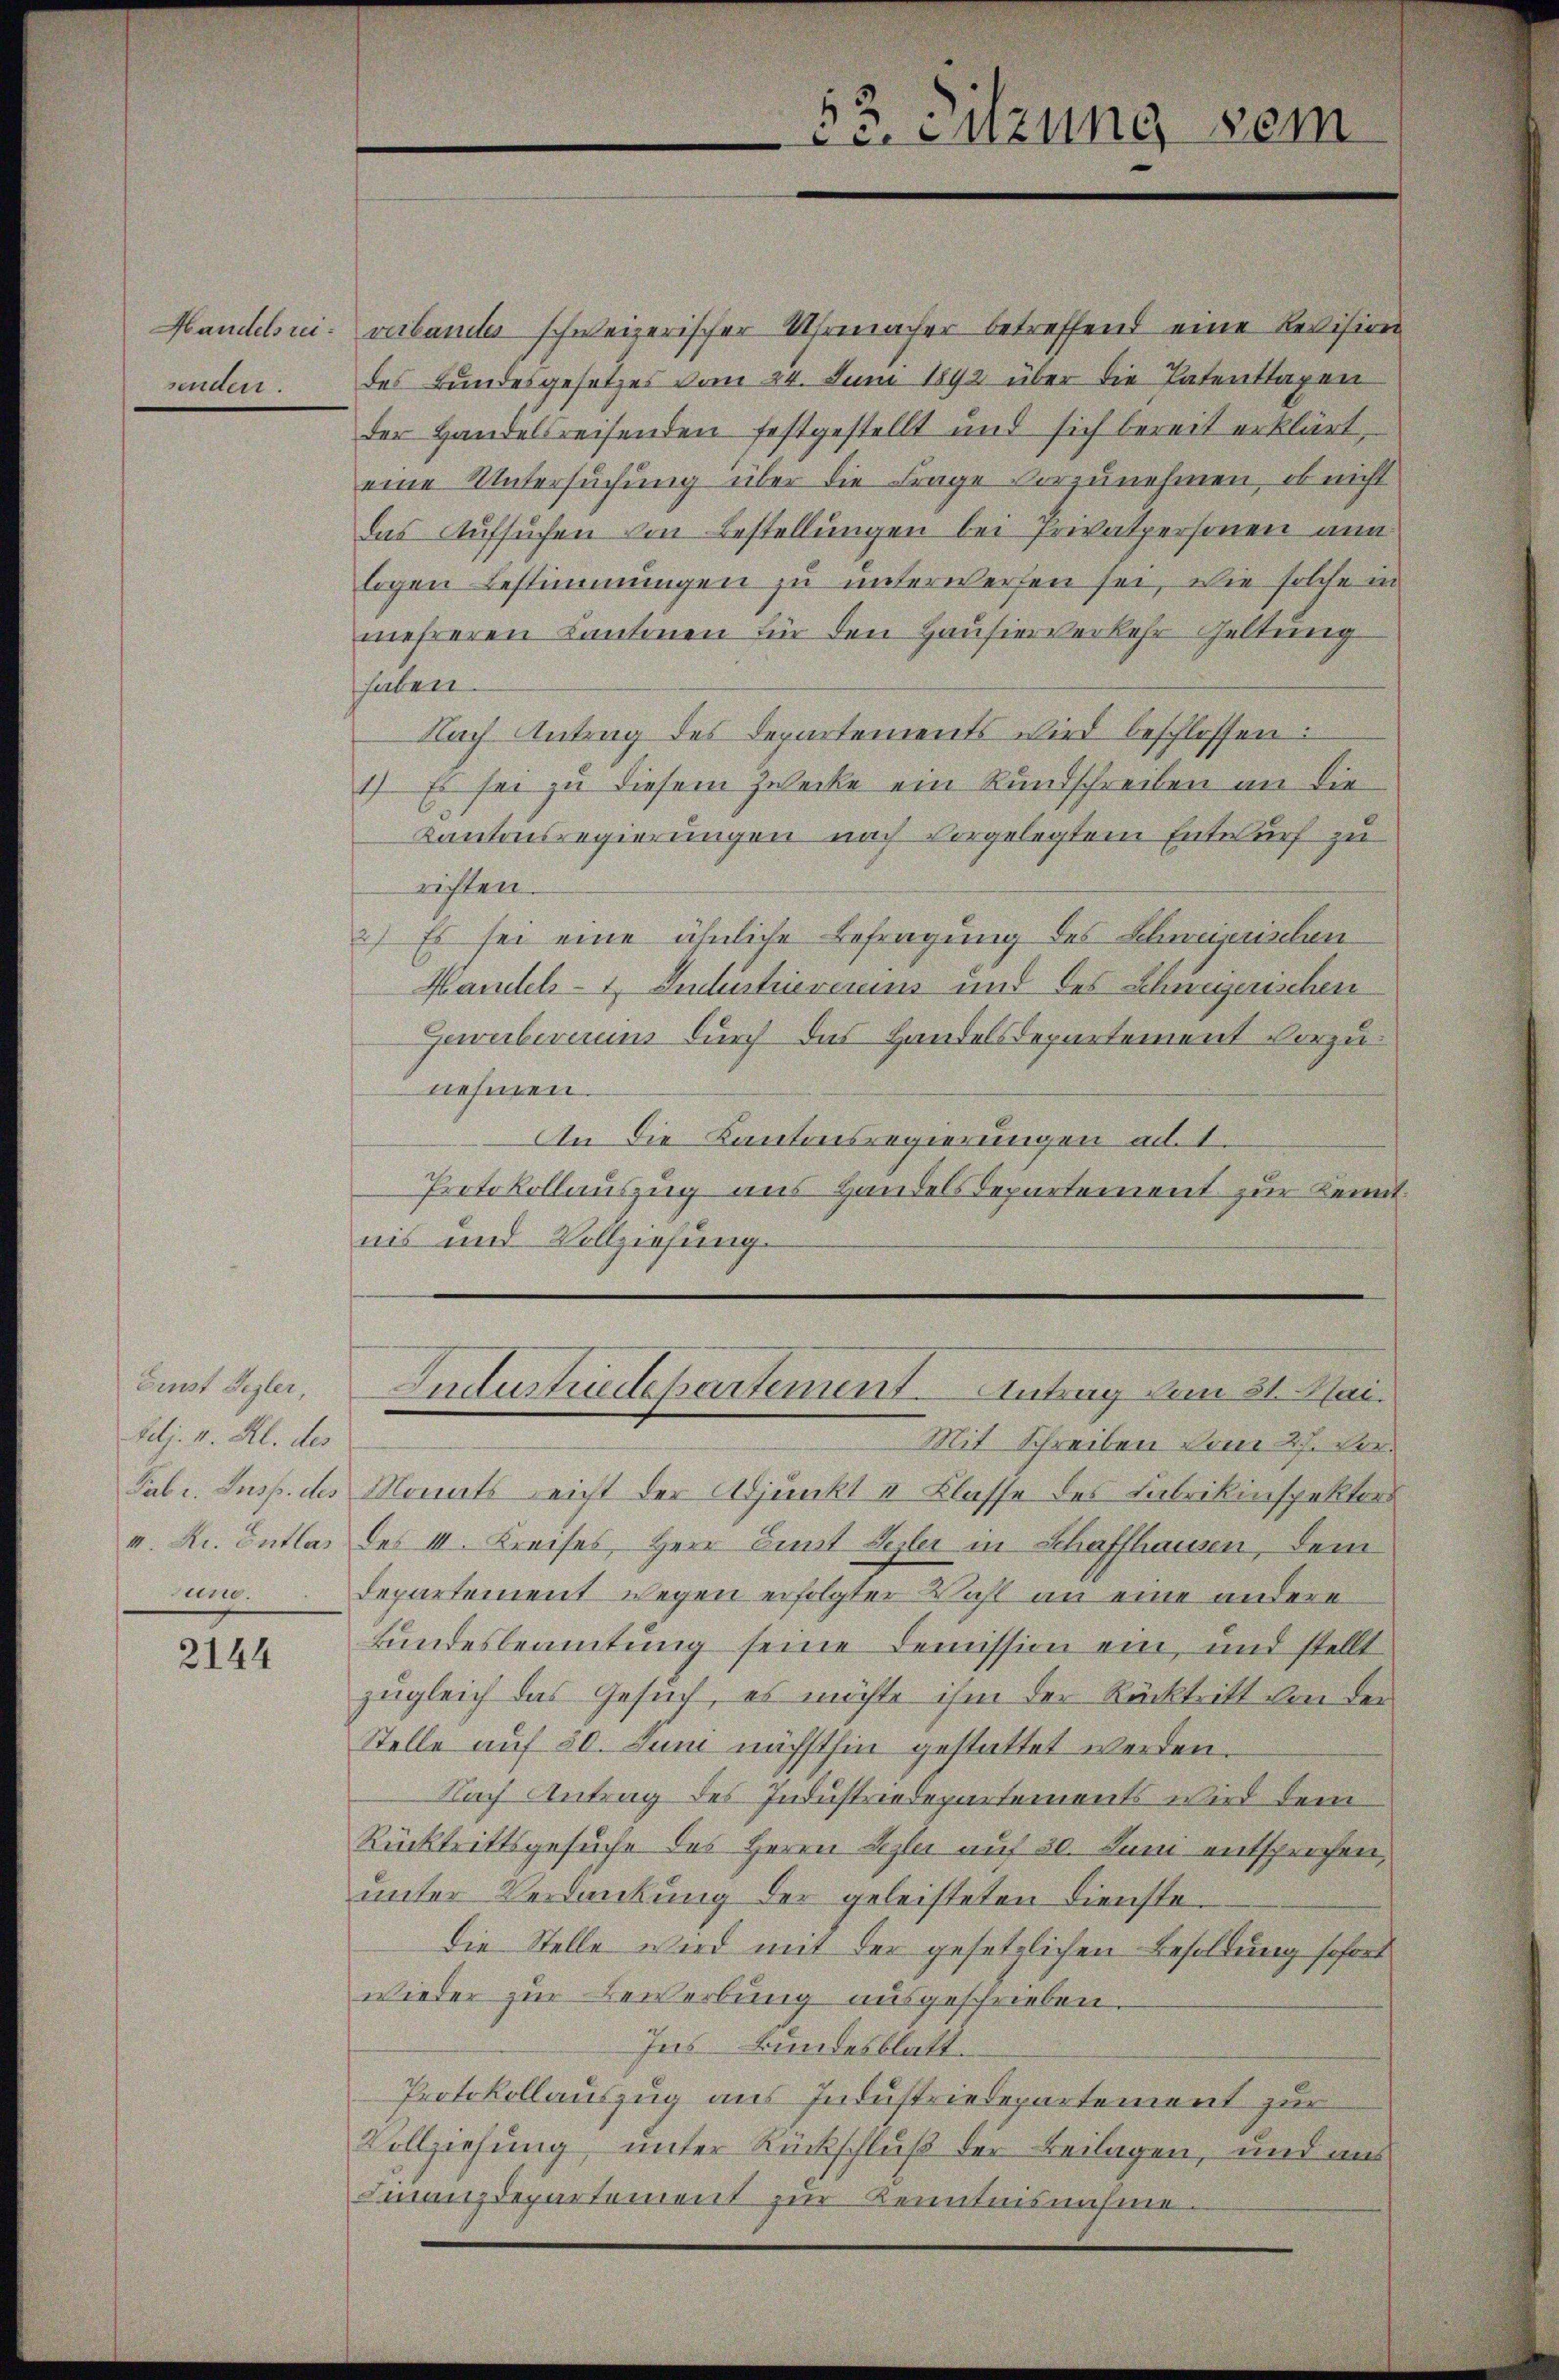
senden.

Ernst Begler,
huj. v. Al. des
Fabr. Insp. des

2144

Handelsui- verbautes schweizerischer Uhrmacher betreffend eine Revision
des Bundesgesetzes vom 24. Juni 1892 über die Patenttagen
der Handelsreisenden festgestellt und sich bereit erklärt,
eine Untersuchung über die Frage vorzunehmen, ob nicht
das Aufsuchen von Bestellungen bei Privatpersonen nun
logen Bestimmungen zu unterwerfen sei, wie solche in
mehreren Cantonen für den Hausierverkehr Geltung
haben
Nach Antrag des Departements wird beschlossen:
1) Es sei zu diesem Zwecke ein Rundschreiben an die
Kantonsregierungen nach vorgelegtem Entwurf zu
richten.
2) Es sei eine ähnliche Befragung des Schweizerischen
Handels- 1. Industrievereins und des Schweizerischen
Gewerbereins durch das Handelsdepartement vorzunehmen.
An die Kantonsregierungen ad 1.
Protokollauszug aus Handelsdepartement zur Kennt.
nis und Vollziehung.

Cc.enzung sei

Industrudepartement. Antrag vom 31. Mai.

Mit Schreiben vom 27. Ver¬
Monats Reicht der Adjunkt u Klasse des Fabrikinspektors
v. Kr. Entlas des III. Kreises Herr Bunt Schler in Schaffhausen, dem
ung. Departement wegen erfolgter Wahl an eine andere
fundesbeamtung seine Demission ein, und stellt
zugleich das Gesuch, es möchte ihm der Rücktritt von der
Stelle auf 30. Juni nächsthin gestattet werden.
Nach Antrag des Industriedepartements wird dem
Rücktrittsgesuche des Herrn Lezter auf 30. Juni entsprochen,
unter Verdankung der geleisteten Dienste
Die Stelle wird mit der gesetzlichen Besoldung sofort
wieder zur Bewerbung ausgeschrieben.
Ins Bundesblatt.
Protokollauszug aus Industriedepartement zur
Vollziehung, unter Rückschluß der Beilagen, und uns
Finanzdepartement zur Kenntnisnahme.